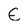
Character: E